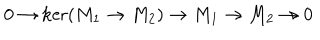
0 \to \ker ( M _ { 1 } \to M _ { 2 } ) \to M _ { 1 } \to M _ { 2 } \to 0